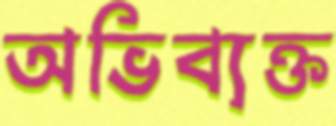
অভিব্যক্ত